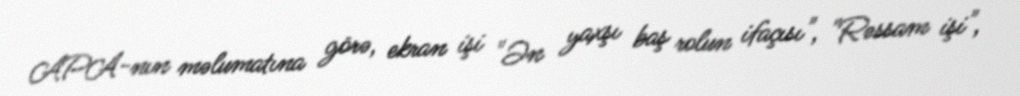
APA-nın məlumatına görə, ekran işi "Ən yaxşı baş rolun ifaçısı", "Rəssam işi",